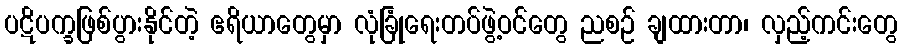
ပဋိပက္ခဖြစ်ပွားနိုင်တဲ့ ဧရိယာတွေမှာ လုံခြုံရေးတပ်ဖွဲ့ဝင်တွေ ညစဉ် ချထားတာ၊ လှည့်ကင်းတွေ